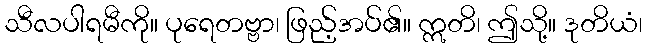
သီလပါရမီကို။ ပုရေတဗ္ဗာ၊ ဖြည့်အပ်၏။ ဣတိ၊ ဤသို့။ ဒုတိယံ၊